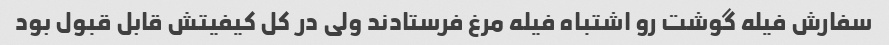
سفارش فیله گوشت رو اشتباه فیله مرغ فرستادند ولی در کل کیفیتش قابل قبول بود